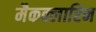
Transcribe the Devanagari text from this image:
मैकक्लारिन